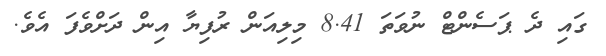
ގައި ދެ ޕަސެންޓް ނުވަތަ 8.41 މިލިއަން ރުފިޔާ އިން ދަށްވެފަ އެވެ.